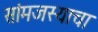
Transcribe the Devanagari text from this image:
सांमजस्याचा